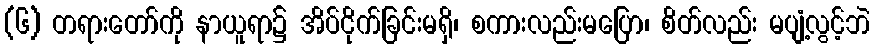
(၆) တရားတော်ကို နာယူရာ၌ အိပ်ငိုက်ခြင်းမရှိ၊ စကားလည်းမပြော၊ စိတ်လည်း မပျံ့လွင့်ဘဲ